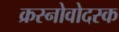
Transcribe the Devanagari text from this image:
क्रस्नोवोदस्क